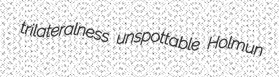
trilateralness unspottable Holmun